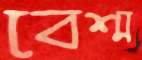
বেশ্ম